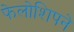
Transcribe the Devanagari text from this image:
फेलोशिपने